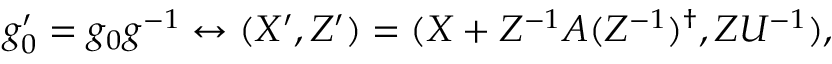
g _ { 0 } ^ { \prime } = g _ { 0 } g ^ { - 1 } \leftrightarrow ( X ^ { \prime } , Z ^ { \prime } ) = ( X + Z ^ { - 1 } A ( Z ^ { - 1 } ) ^ { \dagger } , Z U ^ { - 1 } ) ,